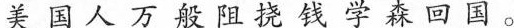
美国人万般阻挠钱学森回国。